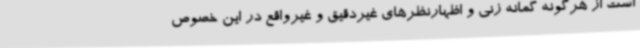
است از هرگونه گمانه زنی و اظهارنظرهای غیردقیق و غیرواقع در این خصوص